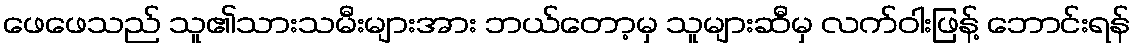
ဖေဖေသည် သူ၏သားသမီးများအား ဘယ်တော့မှ သူများဆီမှ လက်ဝါးဖြန့် ဘောင်းရန်